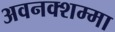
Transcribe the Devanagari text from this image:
अवनक्शम्मा